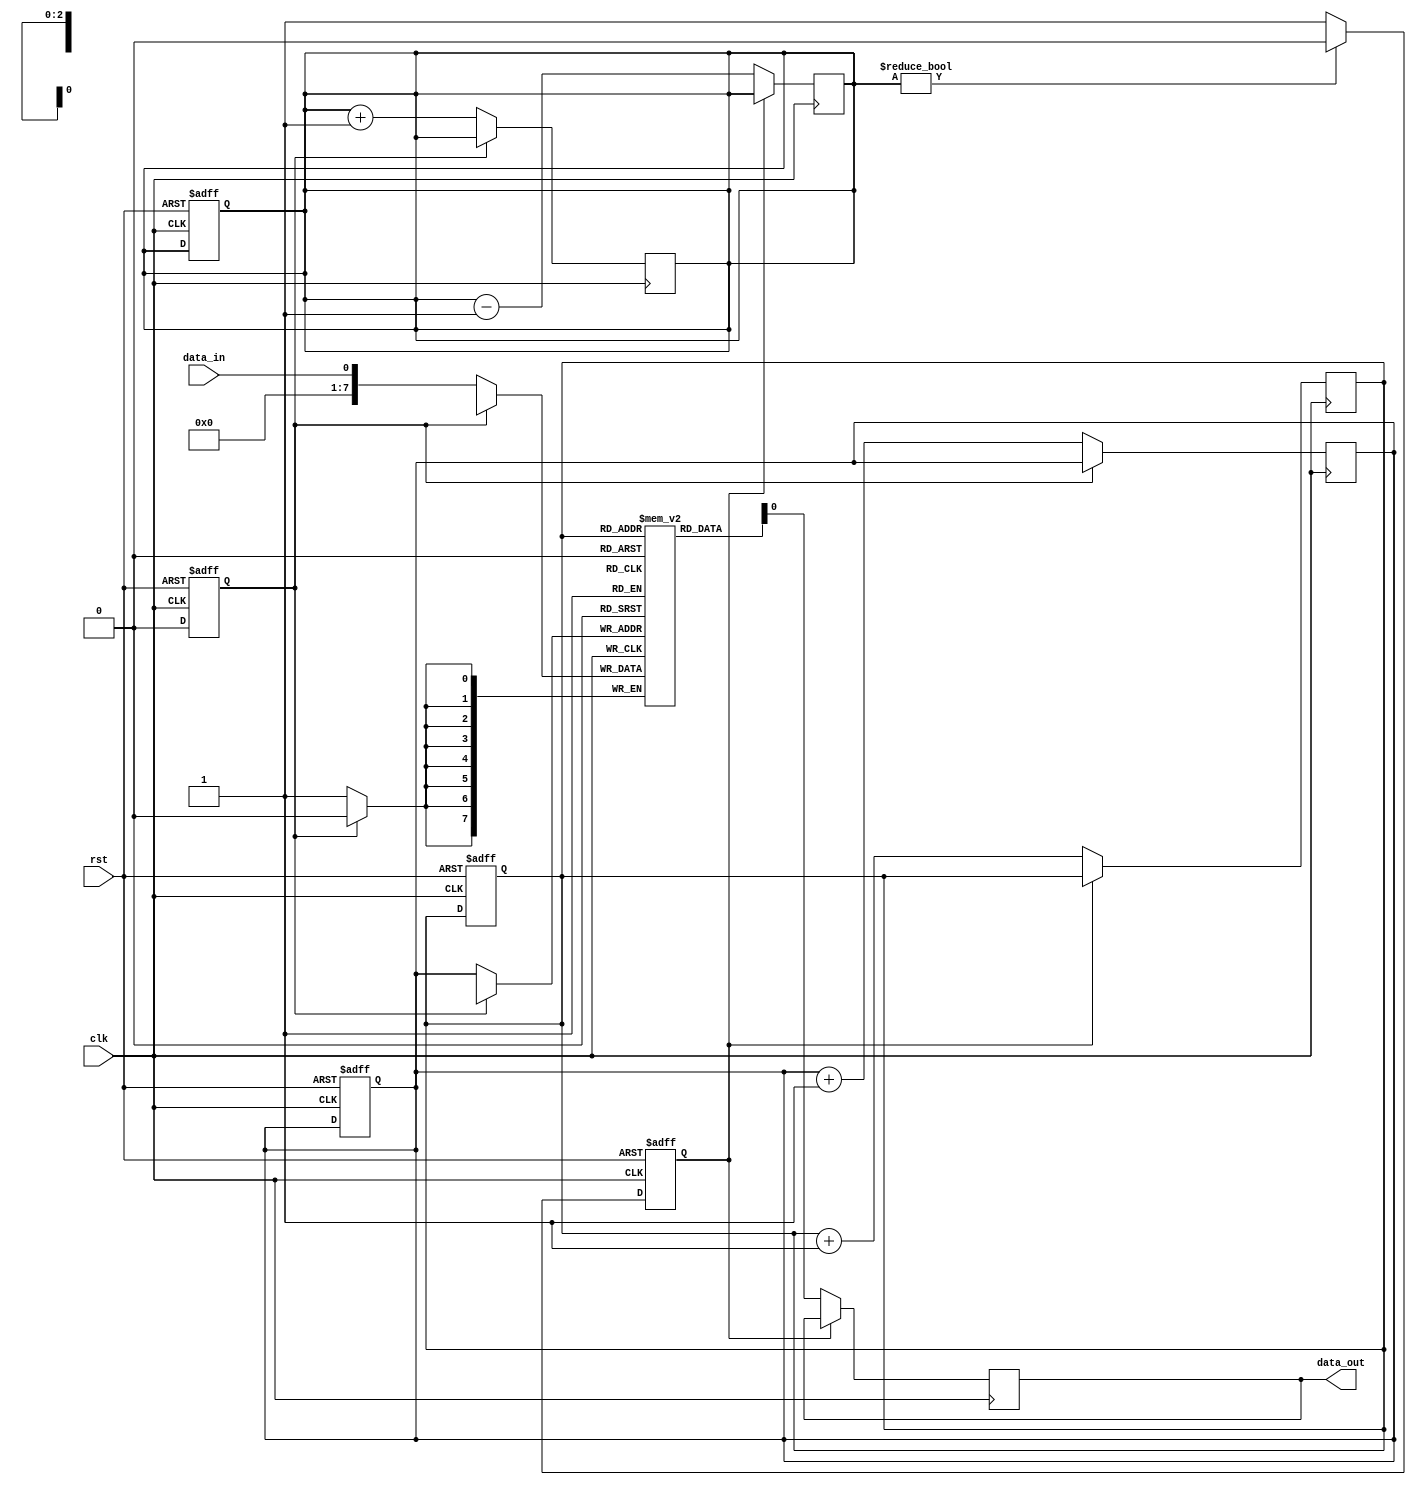
module fifo_buffer (
    input wire clk,
    input wire rst,
    input wire data_in,
    output wire data_out
);

reg [7:0] fifo [0:7];
reg [2:0] read_ptr, write_ptr;
reg [2:0] fifo_count;
reg empty, full;

always @(posedge clk or posedge rst) begin
    if (rst) begin
        read_ptr <= 0;
        write_ptr <= 0;
        fifo_count <= 0;
        empty <= 1;
        full <= 0;
    end else begin
        if (fifo_count != 0) begin
            empty <= 0;
        end else begin
            empty <= 1;
        end
        
        if (fifo_count != 8) begin
            full <= 0;
        end else begin
            full <= 1;
        end
    end
end

always @(posedge clk) begin
    if (!empty) begin
        data_out <= fifo[read_ptr];
        read_ptr <= read_ptr + 1;
        fifo_count <= fifo_count - 1;
    end
end

always @(posedge clk) begin
    if (!full) begin
        fifo[write_ptr] <= data_in;
        write_ptr <= write_ptr + 1;
        fifo_count <= fifo_count + 1;
    end
end

endmodule